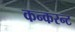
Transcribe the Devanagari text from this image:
कन्करन्ट